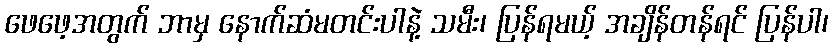
ဖေဖေ့အတွက် ဘာမှ နောက်ဆံမတင်းပါနဲ့ သမီး၊ ပြန်ရမယ့် အချိန်တန်ရင် ပြန်ပါ၊